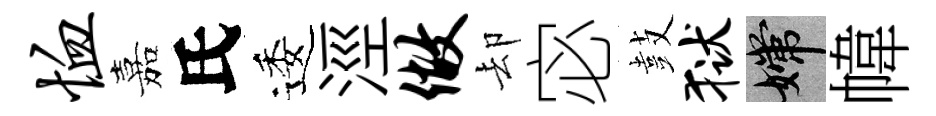
恤嘉氏逶涇做却宓鼓狱嫦幃